Vaccination North-Western Provinces and Oudh 1878-1895 - 1878-1895
Year: 1878
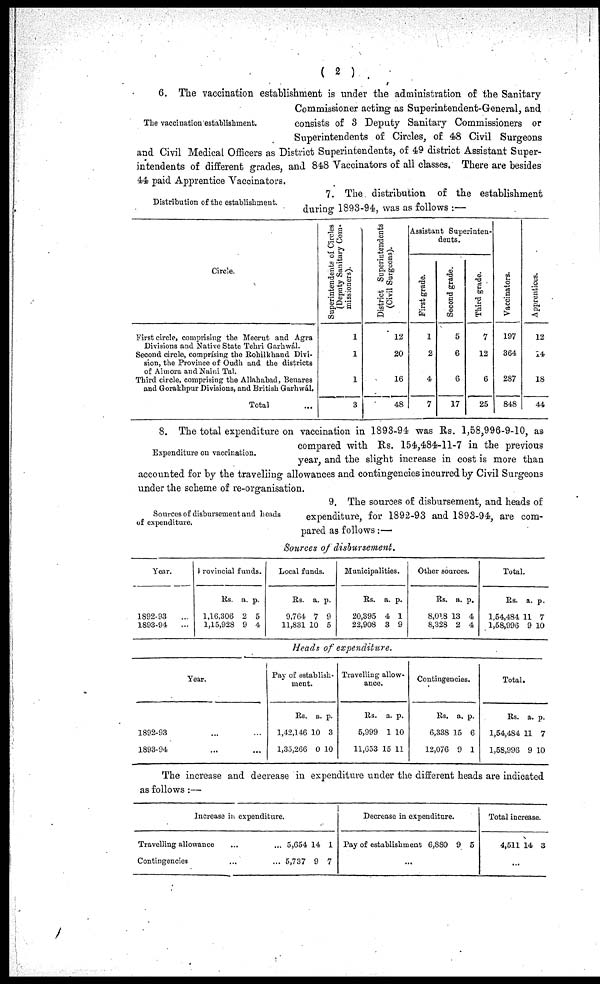
( 2 )
The vaccination establishment.
6. The vaccination establishment is under the administration of the Sanitary
Commissioner acting as Superintendent-General, and
consists of 3 Deputy Sanitary Commissioners or
Superintendents of Circles, of 48 Civil Surgeons
and Civil Medical Officers as District Superintendents, of 49 district Assistant Super-
intendents of different grades, and 848 Vaccinators of all classes. There are besides
44 paid Apprentice Vaccinators.
Distribution of the establishment.
7. The distribution of the establishment
during 1893-94, was as follows :—
Circle.
First circle, comprising the Meerut and Agra
Divisions and Native State Tehri Garhwál.
Second circle, comprising the Rohilkhand Divi-
sion, the Province of Oudh and the districts
of Almora and Naini Tal.
Third circle, comprising the Allahabad, Benares
and Gorakhpur Divisions, and British Garhwál.
Total ...
Superintendents of Circles
(Deputy Sanitary Com-
missioners).
1
1
1
3
District Superintendents
(Civil Surgeons).
12
20
16
48
Assistant Superinten-
dents.
First grade.
1
2
4
7
Second grade.
5
6
6
17
Third grade.
7
12
6
25
Vaccinators.
197
364
287
848
Apprentices.
12
14
18
44
Expenditure on vaccination.
8. The total expenditure on vaccination in 1893-94 was Rs. 1,58,996-9-10, as
compared with Rs. 154,484-11-7 in the previous
year, and the slight increase in cost is more than
accounted for by the travelling allowances and contingencies incurred by Civil Surgeons
under the scheme of re-organisation.
Sources of disbursement and heads
of expenditure.
9. The sources of disbursement, and heads of
expenditure, for 1892-93 and 1893-94, are com-
pared as follows:—
Sources of disbursement.
Year.
1892-93
...
1893-94
...
Provincial funds.
Rs.
1,16,306
,15,928
a.
2
9
p.
5
4
Local funds.
Rs.
9,764
11,831
a.
7
10
p.
9
5
Municipalities.
Rs.
20,395
22,908
a.
4
3
p.
1
9
Other sources.
Rs.
8,018
8,328
a.
13
2
p.
4
4
Total.
Rs.
1,54,484
1,58,996
a.
11
9
p.
7
10
Heads of expenditure.
Year.
1892-93
...
...
1893-94
...
...
Pay of establish-
ment.
Rs.
1,42,146
1,35,266
a.
10
0
p.
3
10
Travelling allow-
ance.
Rs.
5,999
11,653
a.
1
15
p.
10
11
Contingencies.
Rs.
6,338
12,076
a.
15
9
p.
6
1
Total.
Rs.
1,54,484
1,58,996
a.
11
9
p.
7
10
The increase and decrease in expenditure under the different heads are indicated
as follows :—
Increase in expenditure.
Travelling allowance ... ...
Contingencies ... ...
5,654
5,737
14
9
1
7
Decrease in expenditure.
Pay of establishment 6,880 9 5
...
Total increase.
4,511 14 3
...